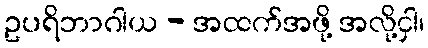
ဥပရိဘာဂါယ - အထက်အဖို့ အလို့ငှါ၊